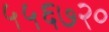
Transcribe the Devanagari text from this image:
५५६७२०